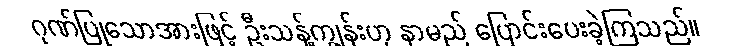
ဂုဏ်ပြုသောအားဖြင့် ဦးသန့်ကျွန်းဟု နာမည် ပြောင်းပေးခဲ့ကြသည်။